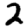
Digit: 2